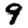
Digit: 9